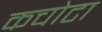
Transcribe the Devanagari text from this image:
कचोटा